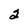
Character: 2